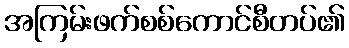
အကြမ်းဖက်စစ်ကောင်စီတပ်၏